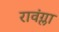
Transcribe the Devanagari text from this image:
रावंग्ला